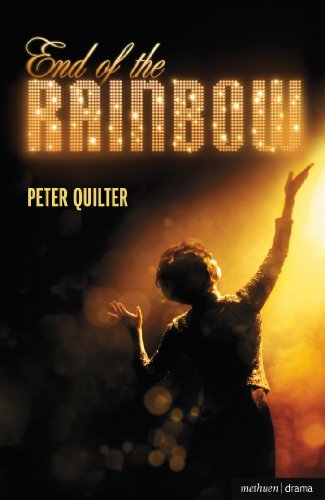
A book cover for End Of The Rainbow (Modern Plays); Peter Quilter; Literature & Fiction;